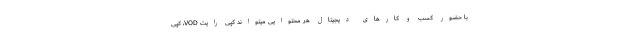
با حضور کسب و کارهای دیجیتال هر محتوایی میتواند کپی رایت VOD، کپی